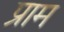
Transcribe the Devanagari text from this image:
प्राम